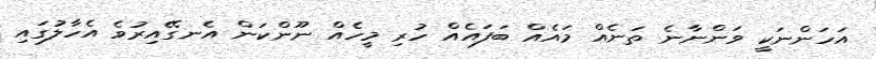
އަހަންނަކީ ވަންނާނެ ތަނެއް މައެއް ބަފައެއް ހުރި މީހެއް ނޫންކަން އެނގޭއިރުވެ އެހާލުގައި